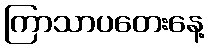
ကြာသာပတေးနေ့